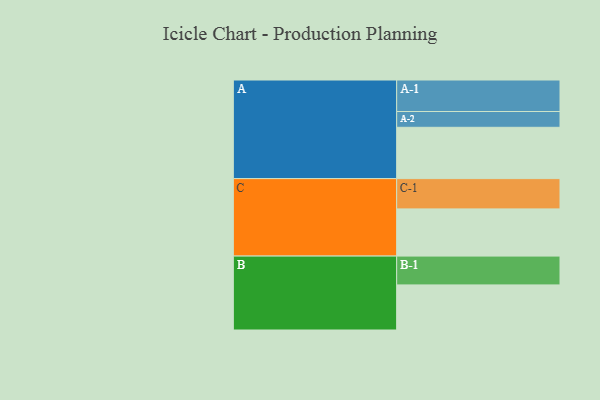
{"axis": {"x": "Segment", "y": "Value"}, "legend": ["", "A", "B", "C"], "data": [{"x": "A", "y": 461, "type": ""}, {"x": "B", "y": 405, "type": ""}, {"x": "C", "y": 424, "type": ""}, {"x": "A-1", "y": 283, "type": "A"}, {"x": "A-2", "y": 142, "type": "A"}, {"x": "B-1", "y": 259, "type": "B"}, {"x": "C-1", "y": 272, "type": "C"}]}